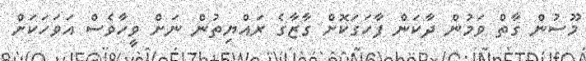
މޫސުން ގާތް ވަމުން ދާކަން ފާހަގަކޮށް ގާޒާގެ ރައްޔިތުން ނަށް ވީހާވެސް އަވަހަކަށް